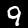
Digit: 9